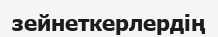
зейнеткерлердің